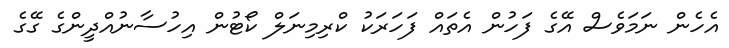
އެހެން ނަމަވެސް އޭގެ ފަހުން އެތައް ފަހަރަކު ކްރިމިނަލް ކޯޓުން އިހުސާނުއްދީންގެ ގޭގެ